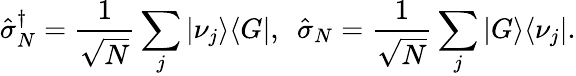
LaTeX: \hat{\sigma}_{N}^{\dagger}=\frac{1}{\sqrt{N}}\sum_{j}|\nu_{j}\rangle\langle G|,~~\hat{\sigma}_{N}=\frac{1}{\sqrt{N}}\sum_{j}|G\rangle\langle\nu_{j}|.